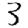
Digit: 3